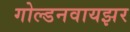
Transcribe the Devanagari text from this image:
गोल्डनवायझर